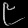
Digit: ၉